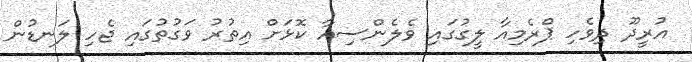
އުރީދޫ ދިވެހި ޕްރެމިއާ ލީގުގައި ވެލެންސިއާ ކޮޅަށް އިތުރު ވަގުތުގައި ޖެހި ލަނޑުން